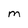
Character: M